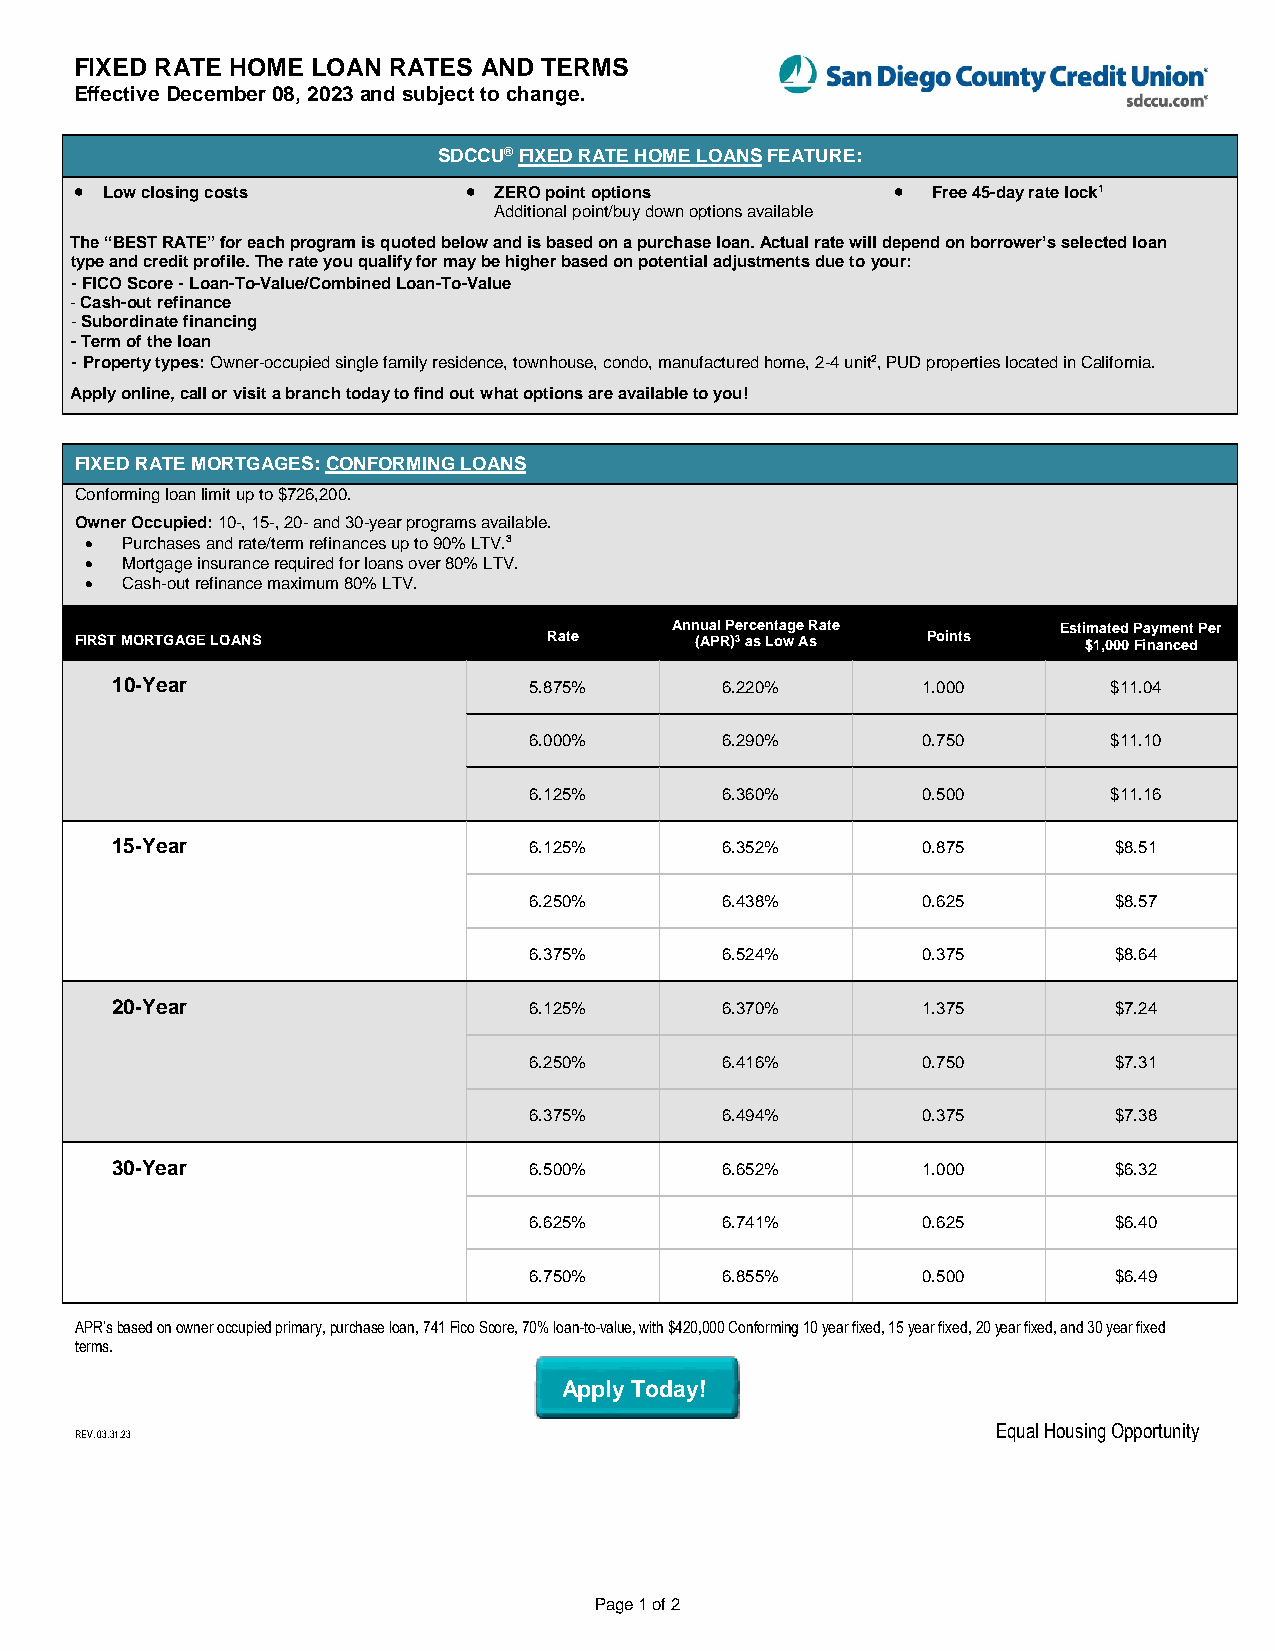
FIXED RATE HOME LOAN RATES AND TERMS
 Effective December 08, 2023 and subject to change.
 SDCCU® FIXED RATE HOME LOANS FEATURE:
  Low closing costs        ZERO point options          Free 45-day rate lock1
 Additional point/buy down options available
 The “BEST RATE” for each program is quoted below and is based on a purchase loan. Actual rate will depend on borrower’s selected loan
 type and credit profile. The rate you qualify for may be higher based on potential adjustments due to your:
 - FICO Score - Loan-To-Value/Combined Loan-To-Value
 - Cash-out refinance
 - Subordinate financing
 - Term of the loan
 - Property types: Owner-occupied single family residence, townhouse, condo, manufactured home, 2-4 unit2, PUD properties located in California.
 Apply online, call or visit a branch today to find out what options are available to you!
 `
 FIXED RATE MORTGAGES: CONFORMING LOANS
 Conforming loan limit up to $726,200.
 Owner Occupied: 10-, 15-, 20- and 30-year programs available.
  Purchases and rate/term refinances up to 90% LTV.3
  Mortgage insurance required for loans over 80% LTV.
  Cash-out refinance maximum 80% LTV.
 Annual Percentage Rate   Estimated Payment Per
 FIRST MORTGAGE LOANS           Rate      (APR)3 as Low As Points   $1,000 Financed
 10-Year                     5.875%       6.220%       1.000        $11.04
 6.000%       6.290%       0.750        $11.10
 6.125%       6.360%       0.500        $11.16
 15-Year                     6.125%       6.352%       0.875        $8.51
 6.250%       6.438%       0.625        $8.57
 6.375%       6.524%       0.375        $8.64
 20-Year                     6.125%       6.370%       1.375        $7.24
 6.250%       6.416%       0.750        $7.31
 6.375%       6.494%       0.375        $7.38
 30-Year                     6.500%       6.652%       1.000        $6.32
 6.625%       6.741%       0.625        $6.40
 6.750%       6.855%       0.500        $6.49
 APR’s based on owner occupied primary, purchase loan, 741 Fico Score, 70% loan-to-value, with $420,000 Conforming 10 year fixed, 15 year fixed, 20 year fixed, and 30 year fixed
 terms.
 Apply Today!
 Equal Housing Opportunity
 REV. 03.31.23
 Page 1 of 2